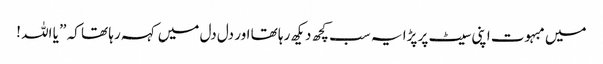
میں مبہوت اپنی سیٹ پر پڑا یہ سب کچھ دیکھ رہا تھا اور دل دل میں کہہ رہا تھا کہ ” یا اللہ !